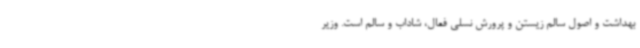
بهداشت و اصول سالم زیستن و پرورش نسلی فعال، شاداب و سالم است. وزیر